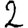
Digit: 2